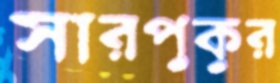
সারপুকুর